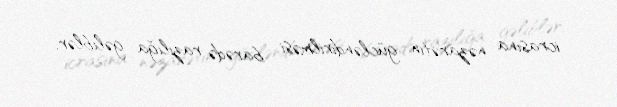
icrasına nəzarətin gücləndirilməsi barədə razılığa gəliblər.